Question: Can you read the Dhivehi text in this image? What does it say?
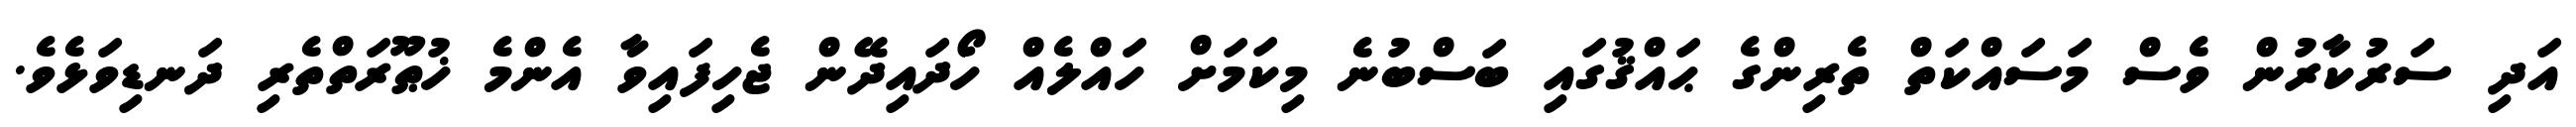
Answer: އަދި ސަރުކާރުން ވެސް މަސައްކަތް ތެރިންގެ ޙައްޤުގައި ބަސްބުނެ މިކަމަށް ހައްލެއް ހޯދައިދޭން ޖެހިފައިވާ އެންމެ ޚުޠޫރަތްތެރި ދަނޑިވަޅެވެ.